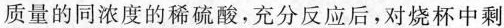
质量的同浓度的稀硫酸，充分反应后，对烧杯中剩